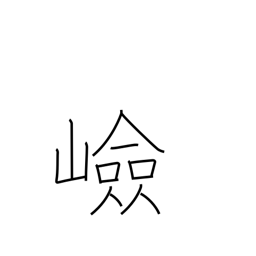
Meaning: steep place